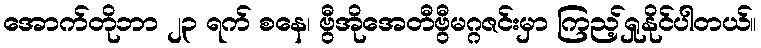
အောက်တိုဘာ ၂၃ ရက် စနေ၊ ဗွီအိုအေတီဗွီမဂ္ဂဇင်းမှာ ကြည့်ရှုနိုင်ပါတယ်။